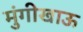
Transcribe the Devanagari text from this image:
मुंगीखाऊ